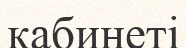
кабинеті